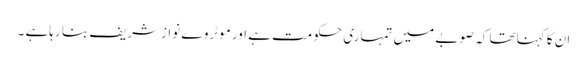
ان کا کہناتھا کہ صوبے میں تمہاری حکومت ہے اور موٹروے نوازشریف بنا رہاہے ۔